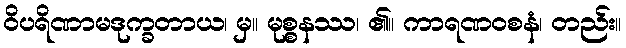
ဝိပရိဏာမဒုက္ခတာယ၊ မှ။ မုစ္စနဿ၊ ၏။ ကာရဏဝစနံ၊ တည်း။